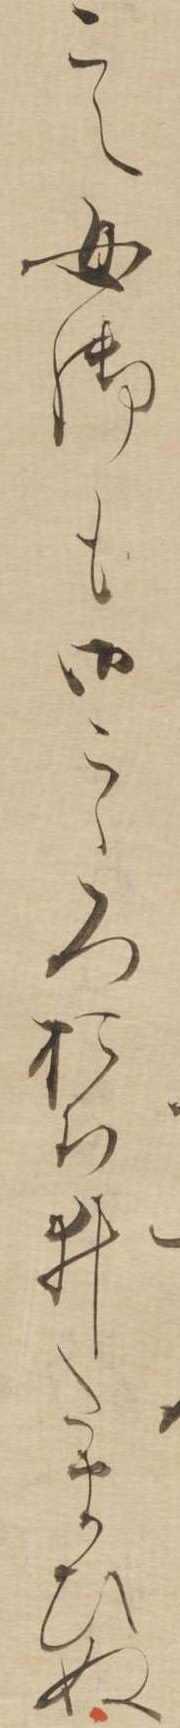
こえ女御も御こゝろおちゐたまひぬ